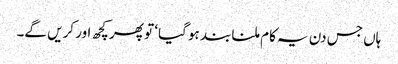
ہاں جس دن یہ کام ملنا بند ہو گیا‘ تو پھر کچھ اور کریں گے۔